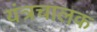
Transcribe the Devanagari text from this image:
यंत्रचालक